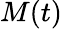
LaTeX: M(t)